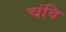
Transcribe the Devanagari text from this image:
चंवि